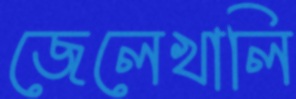
জেলেখালি